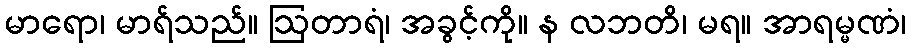
မာရော၊ မာရ်သည်။ ဩတာရံ၊ အခွင့်ကို။ န လဘတိ၊ မရ။ အာရမ္မဏံ၊